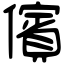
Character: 儐